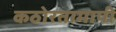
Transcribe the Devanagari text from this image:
कठोरतामापी